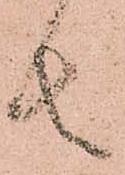
者